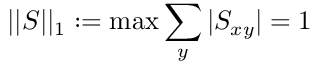
| | S | | _ { 1 } : = \operatorname* { m a x } \sum _ { y } | S _ { x y } | = 1